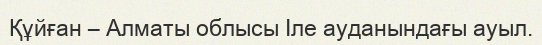
Құйған – Алматы облысы Іле ауданындағы ауыл.